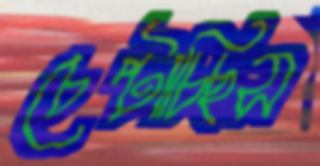
চেপ্‌টাচ্ছিস